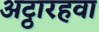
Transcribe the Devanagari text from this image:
अट्ठारहवा